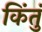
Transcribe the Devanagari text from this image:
किंतुं